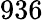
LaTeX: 936